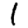
Digit: 1